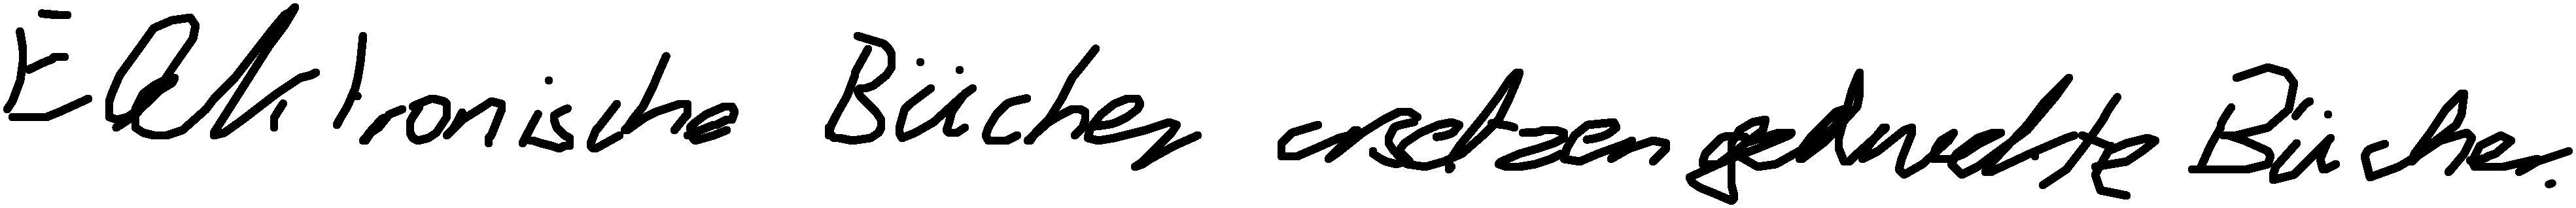
Elektronische Bücher ersetzen gedruckte Bücher.